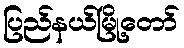
ပြည်နယ်မြို့တော်